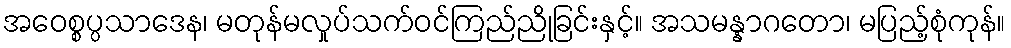
အဝေစ္စပ္ပသာဒေန၊ မတုန်မလှုပ်သက်ဝင်ကြည်ညိုခြင်းနှင့်။ အသမန္နာဂတော၊ မပြည့်စုံကုန်။